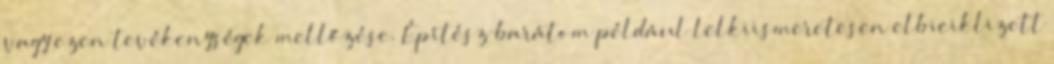
vagy ezen tevékenységek mellőzése. Építész barátom például lelkiismeretesen elbiciklizett